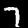
Digit: 7